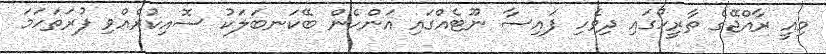
މިއީ ރާއްޖޭގެ ތާރީހުގައި ދިވެހި ފައިސާ ނޫޓެއްގައި އަންހެން ބޭކަނބަލަކު ސޮއިކުރެއްވި ފުރަތަހަމަ